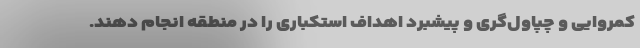
کمروایی و چپاول‌گری و پیشبرد اهداف استکباری را در منطقه انجام دهند.